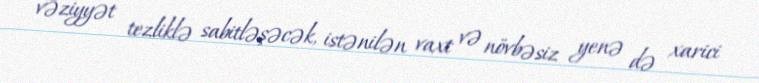
vəziyyət tezliklə sabitləşəcək, istənilən vaxt və növbəsiz yenə də xarici